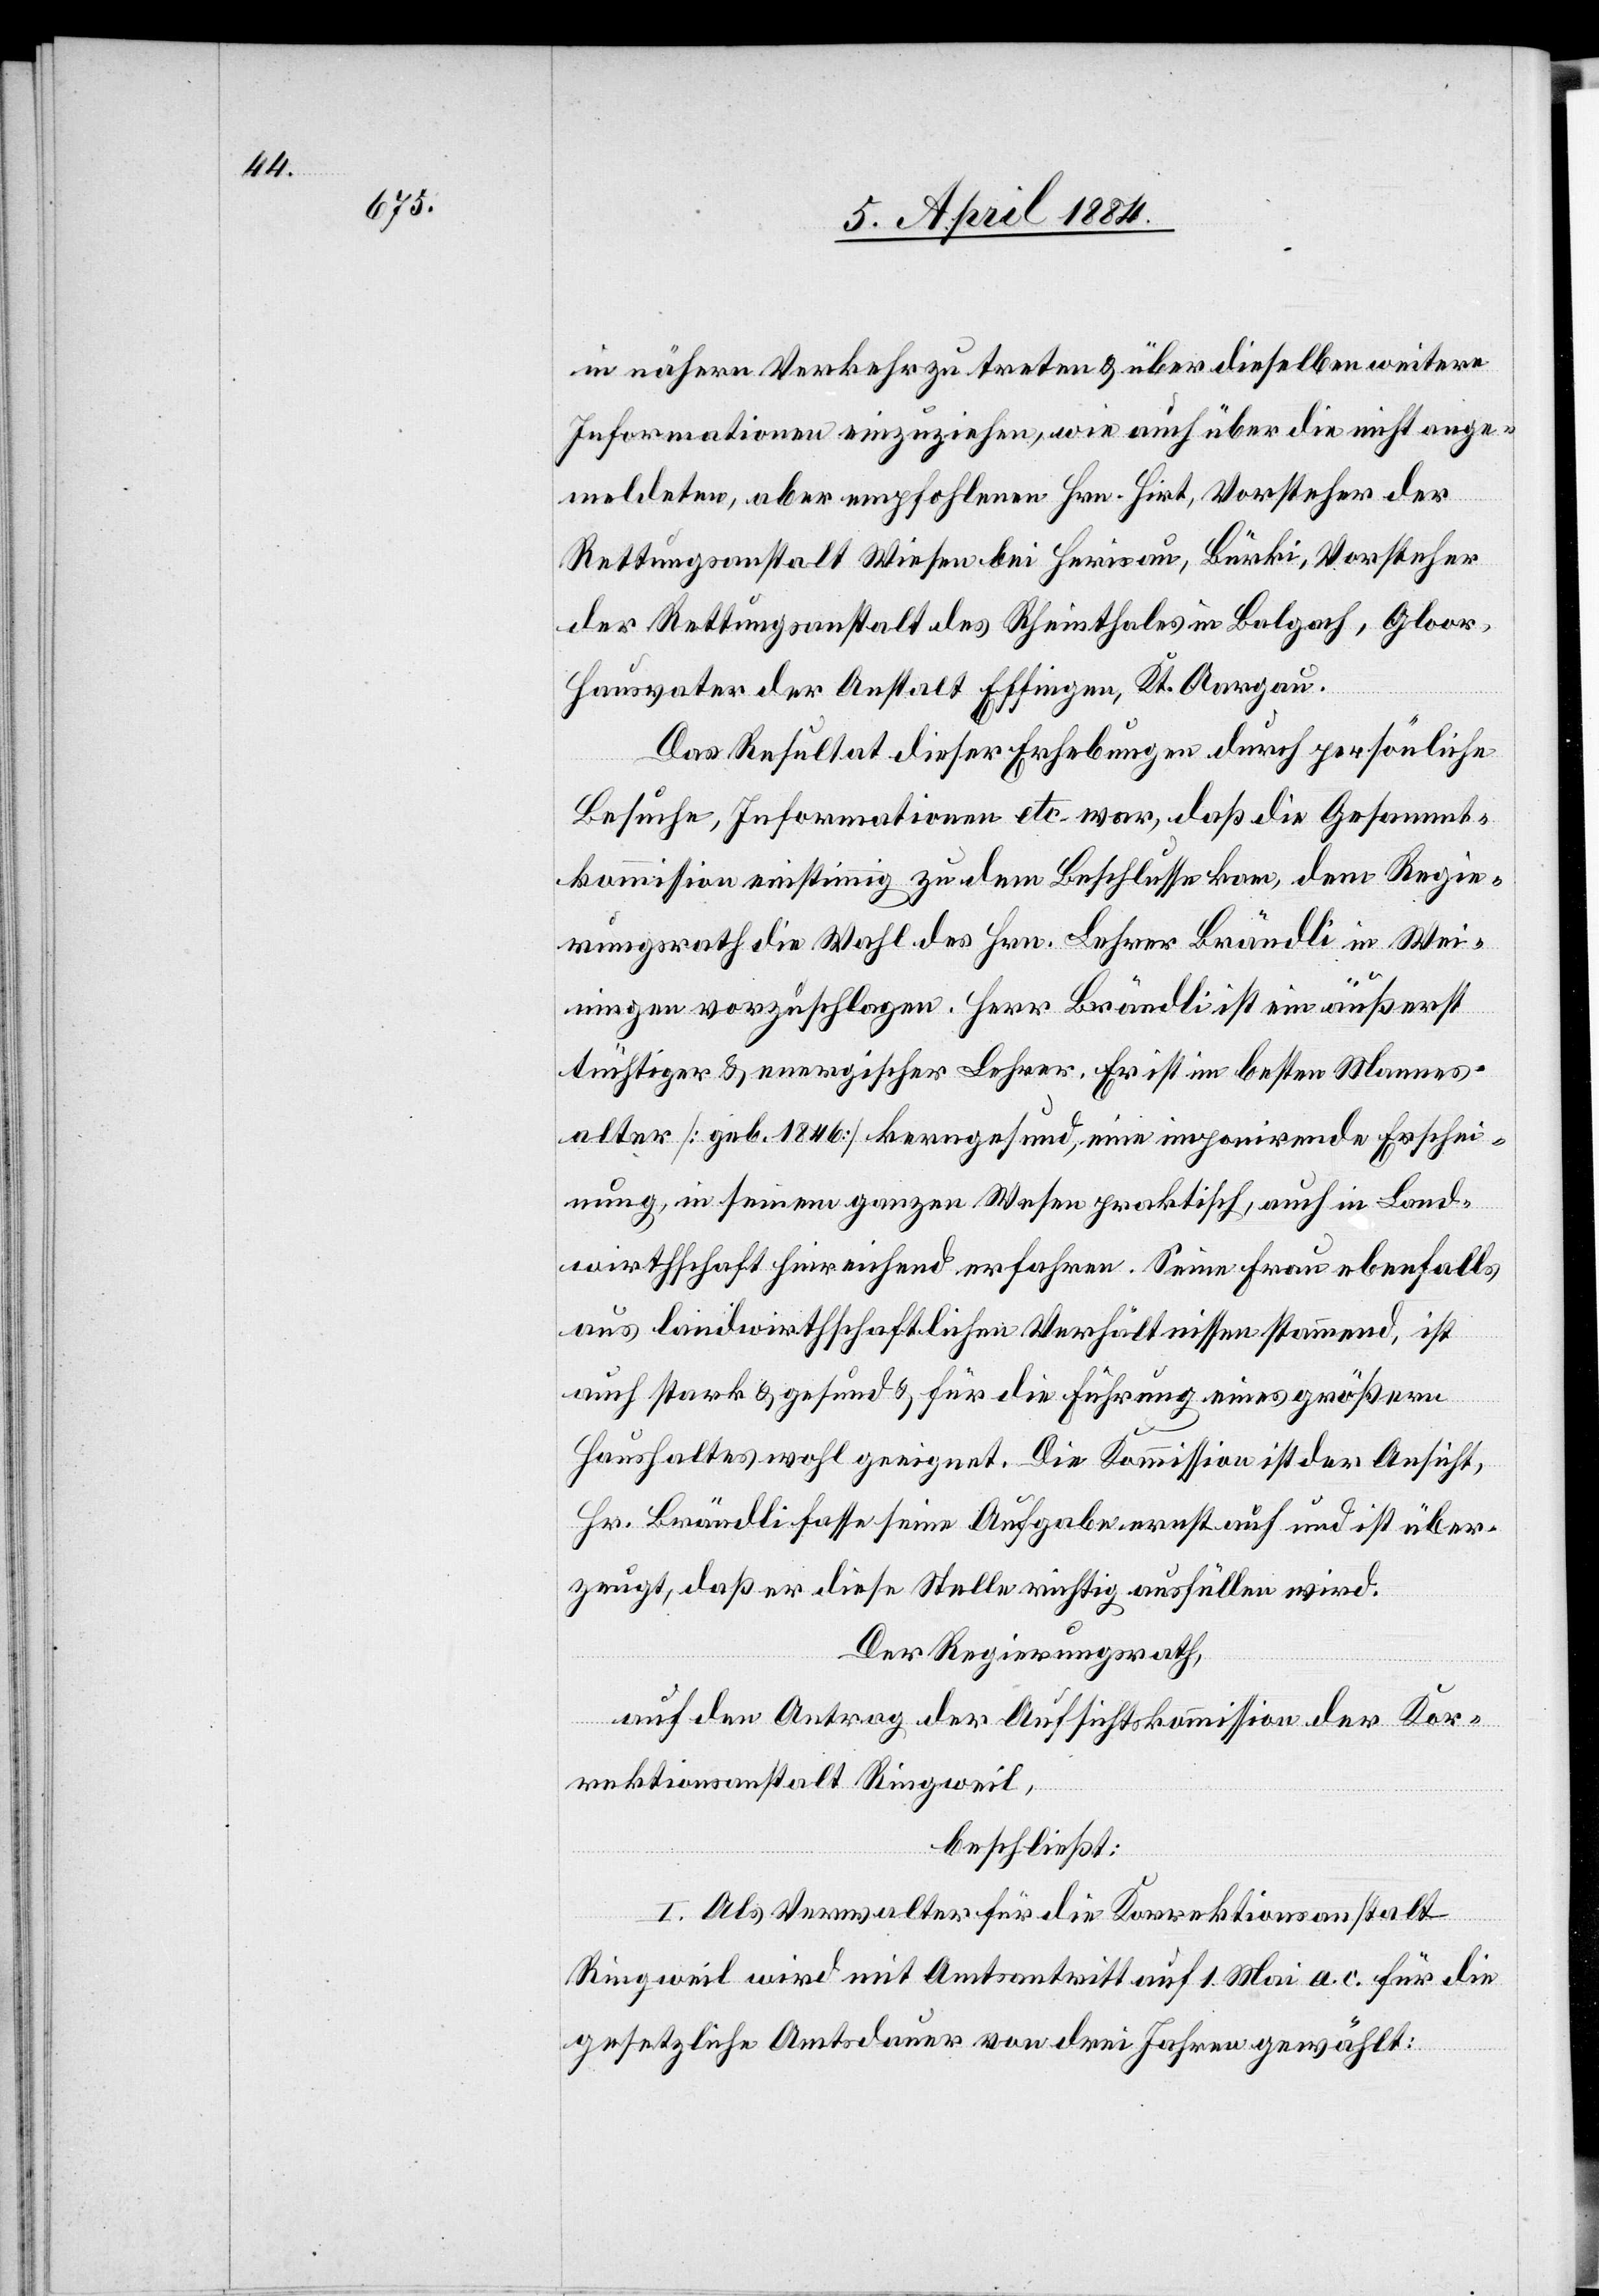
in nähern Verkehr zu treten & über dieselben weitere
Informationen einzuziehen, wie auch über die nicht ange¬
meldeten, aber empfohlenen Hrn. Hirt, Vorsteher der
Rettungsanstalt Wiesen bei Herisau, Bürki, Vorsteher
der Rettungsanstalt des Rheinthales in Balgach, Gloor,
Hausvater der Anstalt Essingen, Kt. Aargau.
Das Resultat dieser Erhebungen durch persönliche
besuche, Informationen etc. war, daß die Gesammt¬
kommision einstimmig zu dem Beschlusse kam, dem Regie¬
rungsrath die Wahl des Hrn. Lehrer Brändli in Wei¬
ningen vorzuschlagen. Herr Brändli ist ein äußerst
tüchtiger & energischer Lehrer. Er ist im besten Mannes¬
alter [geb. 1846] kerngesund, eine imponirende Erschei¬
nung, in seinem ganzen Wesen praktisch, auch in Land¬
wirthschaft hinreichend erfahren. Seine Frau ebenfalls
aus landwirthschaflichen Verhältnissen stammend, ist
auch stark & gesund & für die Führung eines größern
Haushaltes wohl geeignet. Die Kommission ist der Ansicht
Hr. Brändli fasse seine Aufgabe ernst auf und ist über¬
zeugt, daß er diese Stelle richtig ausfüllen wird.
Der Regierungsrath,
auf den Antrag der Aufsichtskommission der Kor¬
rektionsanstalt Ringweil,
beschließt:
I. Als Verwalter für die Korrektionsanstalt
Ringweil wird mit Amtsantritt auf 1. Mai a. c. für die
gesetzliche Amtsdauer von drei Jahren gewählt: